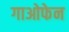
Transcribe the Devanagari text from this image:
गाओफेन